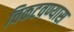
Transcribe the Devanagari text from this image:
चिकटवण्यास